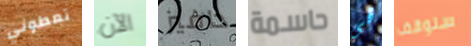
تعطوني الآن دافيز حاسمة فى سنوقف